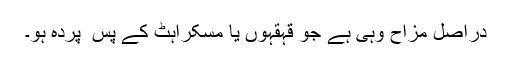
دراصل مزاح وہی ہے جو قہقہوں یا مسکراہٹ کے پس ِ پردہ ہو۔